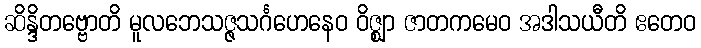
ဆိန္ဒိတဗ္ဗောတိ မူလဘေသဇ္ဇသင်္ဂဟေနေဝ ဝိဇ္ဈာ ဇာတကမေဝ အဒါသယီတိ ဧတေဝ